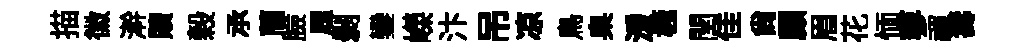
描徽澣贖榖𠄘蕳臉履剥鑾嶸汴吊凉鳥臬湲極閏佳尚顧眉花愐蓼禈夀